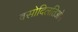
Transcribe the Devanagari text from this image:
वसोदिलतिओन